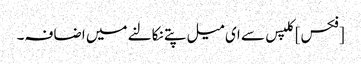
[فکس] کلپس سے ای میل پتے نکالنے میں اضافہ۔